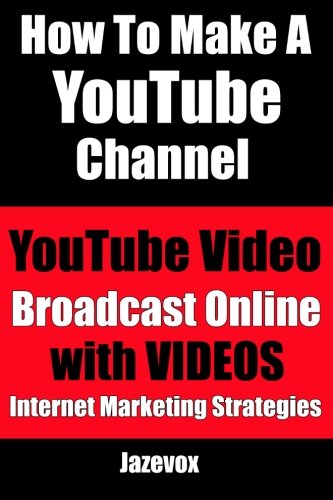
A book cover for How To Make A YouTube Channel - YouTube Video, Broadcast Online With Videos: Internet Marketing Strategies (Volume 2); Jazevox; Computers & Technology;